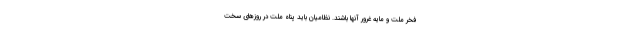
فخر ملت و مایه غرور آنها باشند. نظامیان باید پناه ملت در روزهای سخت